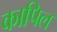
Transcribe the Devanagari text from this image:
कापिल